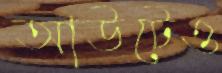
আউটেও